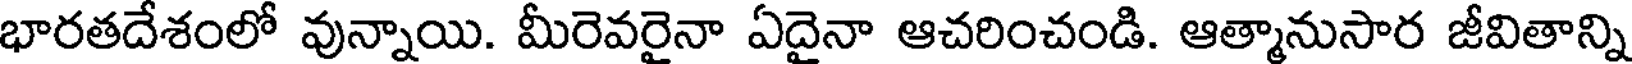
భారతదేశంలో వున్నాయి. మీరెవరైనా ఏదైనా ఆచరించండి. ఆత్మానుసార జీవితాన్ని